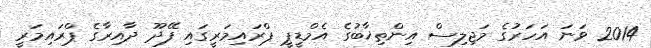
2014 ވަނަ އަހަރުގެ މަޖިލިސް އިންތިޚާބުގެ އެމްޑީޕީ ޕްރައިމަރީގައި ފޭދޫ ދާއިރާގެ ޕްރައިމަރީ